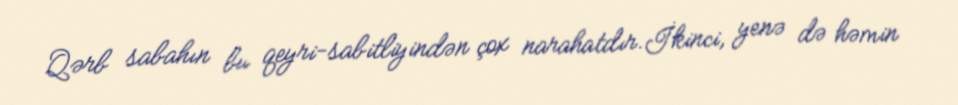
Qərb sabahın bu qeyri-sabitliyindən çox narahatdır.İkinci, yenə də həmin